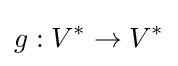
g:V^{*}\to V^{*}